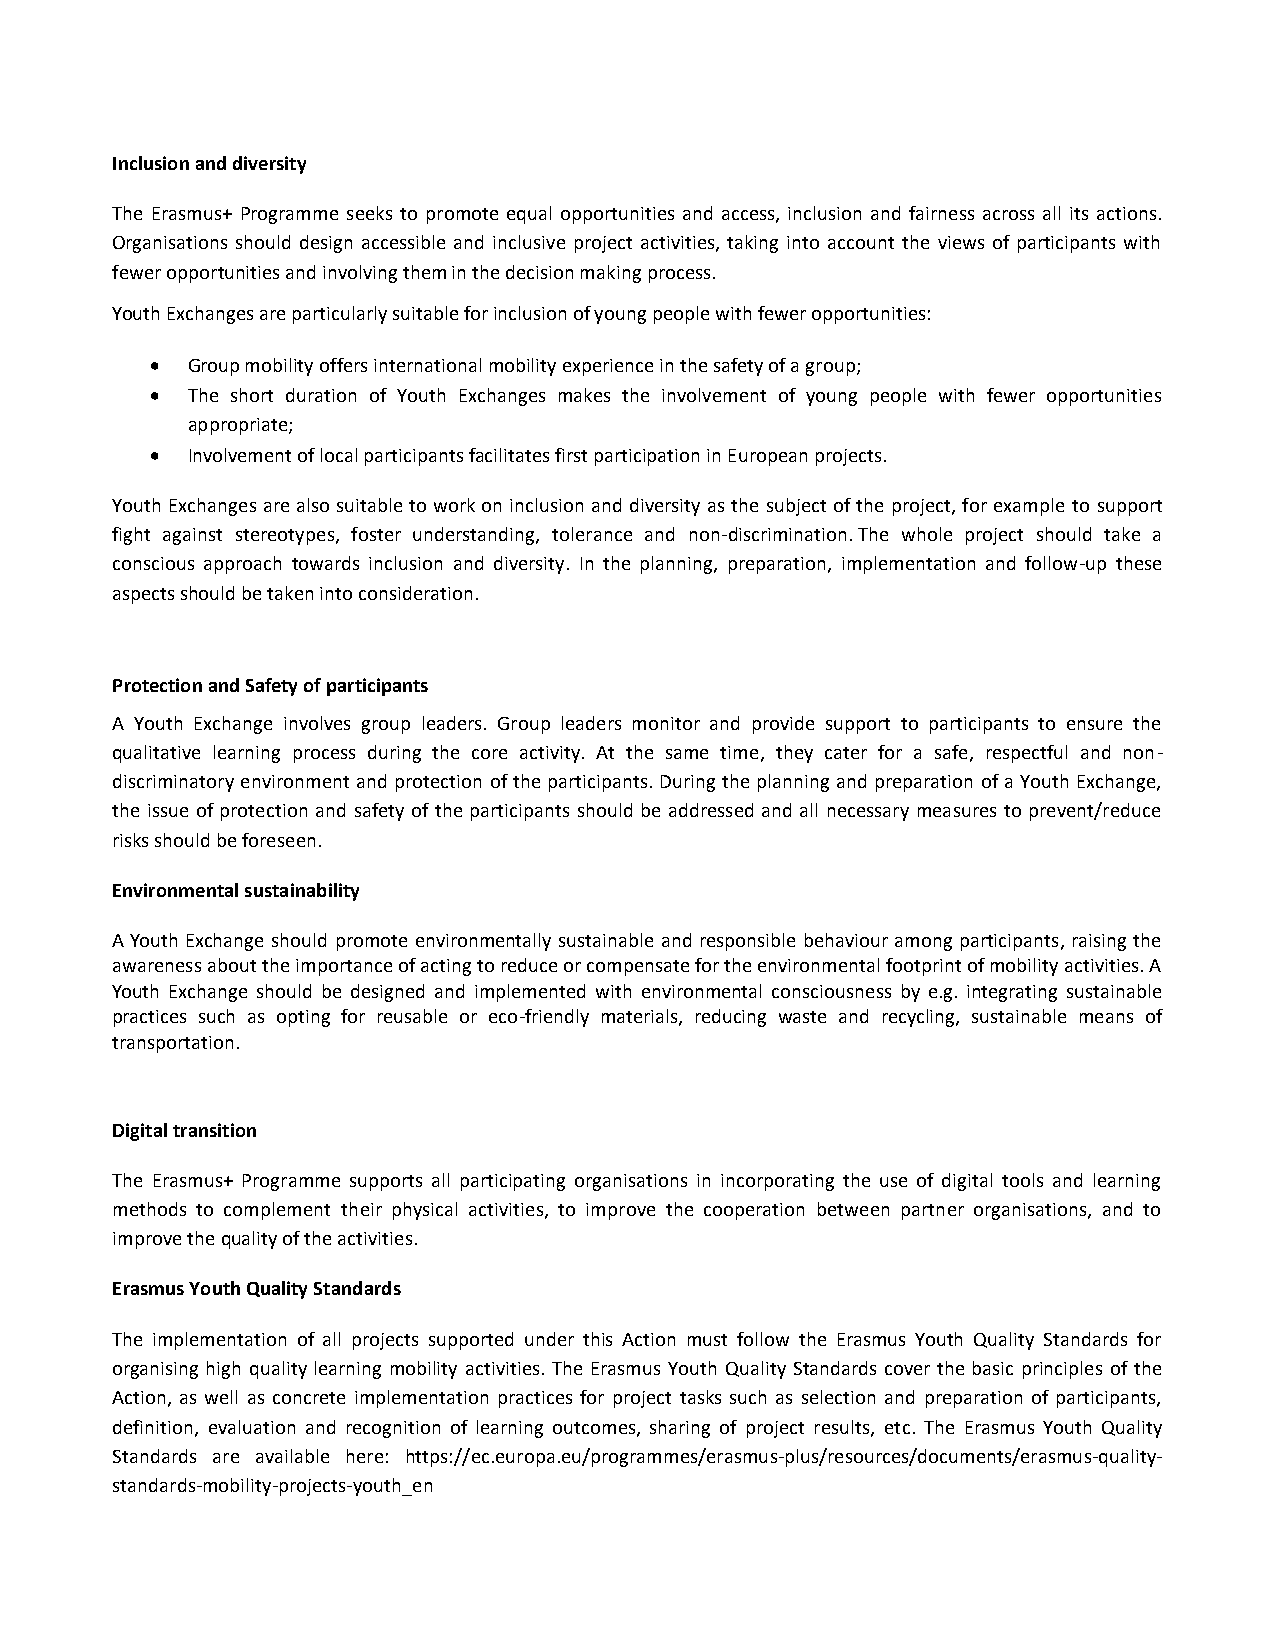
Inclusion and diversity
 The Erasmus+ Programme seeks to promote equal opportunities and access, inclusion and fairness across all its actions.
 Organisations should design accessible and inclusive project activities, taking into account the views of participants with
 fewer opportunities and involving them in the decision making process.
 Youth Exchanges are particularly suitable for inclusion of young people with fewer opportunities:
  Group mobility offers international mobility experience in the safety of a group;
  The short duration of Youth Exchanges makes the involvement of young people with fewer opportunities
 appropriate;
  Involvement of local participants facilitates first participation in European projects.
 Youth Exchanges are also suitable to work on inclusion and diversity as the subject of the project, for example to support
 fight against stereotypes, foster understanding, tolerance and non-discrimination. The whole project should take a
 conscious approach towards inclusion and diversity. In the planning, preparation, implementation and follow-up these
 aspects should be taken into consideration.
 Protection and Safety of participants
 A Youth Exchange involves group leaders. Group leaders monitor and provide support to participants to ensure the
 qualitative learning process during the core activity. At the same time, they cater for a safe, respectful and non-
 discriminatory environment and protection of the participants. During the planning and preparation of a Youth Exchange,
 the issue of protection and safety of the participants should be addressed and all necessary measures to prevent/reduce
 risks should be foreseen.
 Environmental sustainability
 A Youth Exchange should promote environmentally sustainable and responsible behaviour among participants, raising the
 awareness about the importance of acting to reduce or compensate for the environmental footprint of mobility activities. A
 Youth Exchange should be designed and implemented with environmental consciousness by e.g. integrating sustainable
 practices such as opting for reusable or eco-friendly materials, reducing waste and recycling, sustainable means of
 transportation.
 Digital transition
 The Erasmus+ Programme supports all participating organisations in incorporating the use of digital tools and learning
 methods to complement their physical activities, to improve the cooperation between partner organisations, and to
 improve the quality of the activities.
 Erasmus Youth Quality Standards
 The implementation of all projects supported under this Action must follow the Erasmus Youth Quality Standards for
 organising high quality learning mobility activities. The Erasmus Youth Quality Standards cover the basic principles of the
 Action, as well as concrete implementation practices for project tasks such as selection and preparation of participants,
 definition, evaluation and recognition of learning outcomes, sharing of project results, etc. The Erasmus Youth Quality
 Standards are available here: https://ec.europa.eu/programmes/erasmus-plus/resources/documents/erasmus-quality-
 standards-mobility-projects-youth_en